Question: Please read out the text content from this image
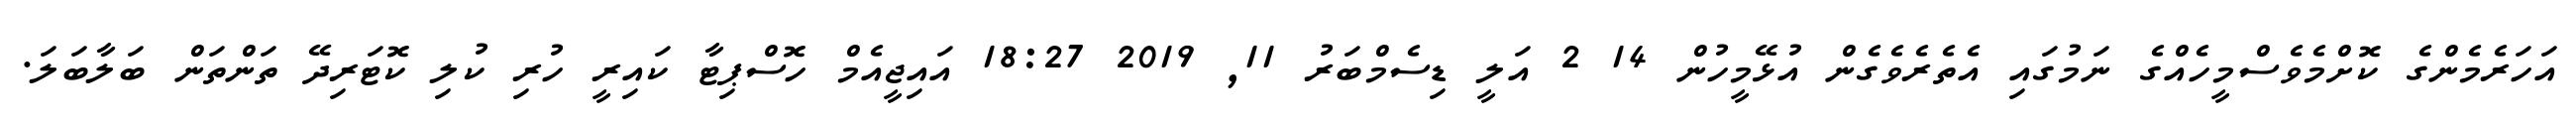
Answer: އަހަރެމެންގެ ކޮށްމެވެސްމީހެއްގެ ނަމުގައި އެތެރެވެގެން އުޅޭމީހުން 14 2 އަލީ ޑިސެމްބަރު 11, 2019 18:27 އައިޖީއެމް ހޮސްޕިޓާ ކައިރީ ހުރި ކުލި ކޮޓަރިދޭ ތަންތަން ބަލާބަލަ.